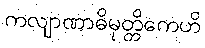
ကလျာဏာဓိမုတ္တိကေဟိ